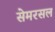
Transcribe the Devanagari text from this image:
सेमरसल